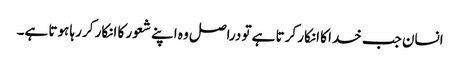
انسان جب خدا کا انکار کرتا ہے تو دراصل وہ اپنے شعور کا انکار کر رہا ہوتا ہے۔